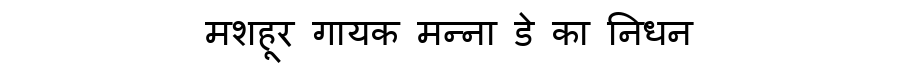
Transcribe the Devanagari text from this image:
मशहूर गायक मन्ना डे का निधन